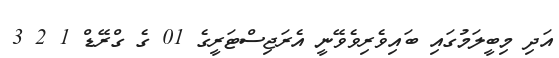
އަދި މިބީލަމުގައި ބައިވެރިވެވޭނީ އެރަޖިސްޓަރީގެ 01 ގެ ގްރޭޑް 1 2 3